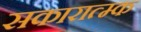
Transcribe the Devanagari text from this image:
सकारात्म्क